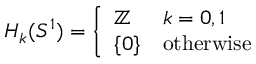
H _ { k } ( S ^ { 1 } ) = { \left\{ \begin{array} { l l } { \mathbb { Z } } & { k = 0 , 1 } \\ { \{ 0 \} } & { { \mathrm { o t h e r w i s e } } } \end{array} \right. }